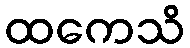
ထကေသိ